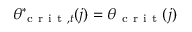
\theta _ { \mathrm { ~ c ~ r ~ i ~ t ~ } , t } ^ { * } ( j ) = \theta _ { \mathrm { ~ c ~ r ~ i ~ t ~ } } ( j )